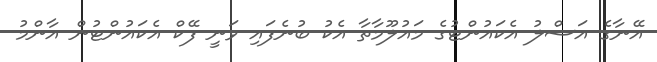
އޭނާގެ އަސްލު އެކައުންޓުގެ މައުލޫމާތާ އެކު ބުނެފައި ވަނީ ފޭކް އެކައުންޓުން އާންމު